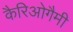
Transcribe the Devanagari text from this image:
कैरिओगैमी